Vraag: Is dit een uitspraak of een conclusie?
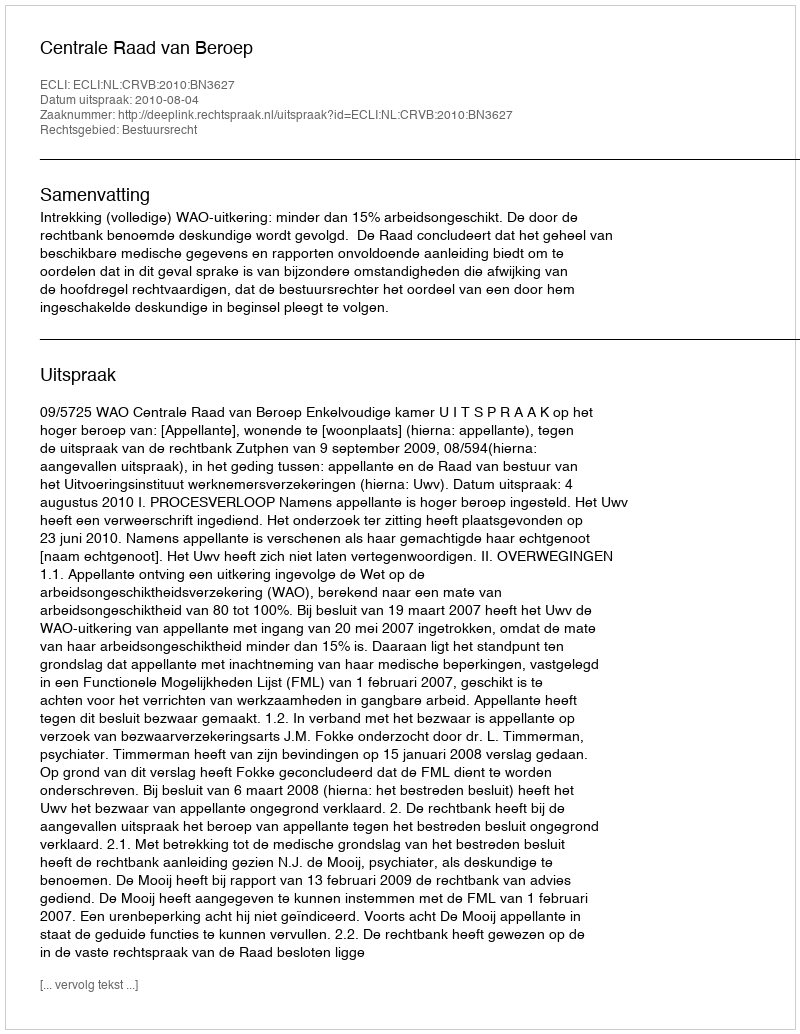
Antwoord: Uitspraak